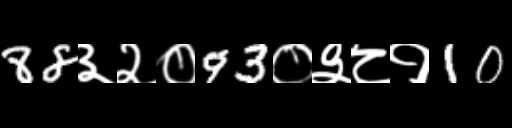
Text: 88३२०93०३८१10